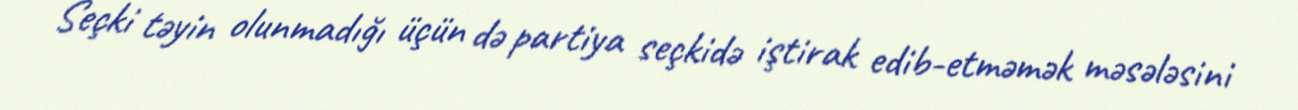
Seçki təyin olunmadığı üçün də partiya seçkidə iştirak edib-etməmək məsələsini